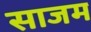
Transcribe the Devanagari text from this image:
साजम